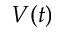
V ( t )